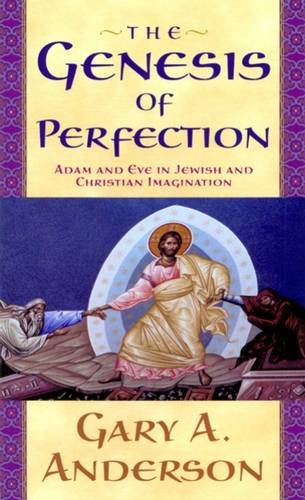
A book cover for The Genesis of Perfection:Â Adam and Eve in Jewish and Christian Imagination; Gary A. Anderson; Christian Books & Bibles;